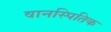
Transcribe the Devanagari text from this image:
वानस्पितिक